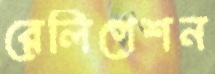
রেলিগেশন